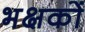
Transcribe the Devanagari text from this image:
भक्षकों